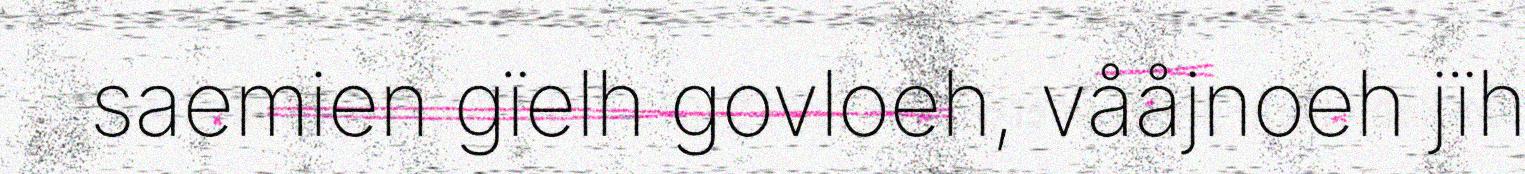
saemien gïelh govloeh, vååjnoeh jïh